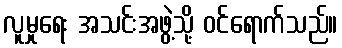
လူမှုရေး အသင်းအဖွဲ့သို့ ဝင်ရောက်သည်။